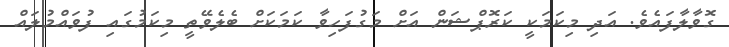
ގޮވާލާފައެވެ. އަދި މިކަމަކީ ކަރޮޕްޝަން އަށް މަގުފަހިވާ ކަމަކަށް ބެލެވޭތީ މިކަމުގައި ފުވައްމުލައް